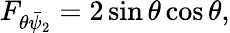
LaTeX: F_{\theta\bar{\psi}_{2}}=2\sin\theta\cos\theta,